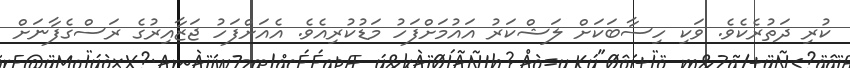
ކުރި ދަތުރެކެވެ. ވަކި ހިސާބަކަށް ލަޝްކަރު އައުމަށްފަހު މަޑުކުރިއެވެ. އެއަށްފަހު ޖަޒާއިރުގެ ރަސްގެފާނަށް